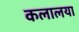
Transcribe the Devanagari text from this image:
कलालया